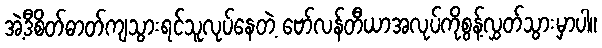
အဲ့ဒီစိတ်ဓာတ်ကျသွားရင်သူလုပ်နေတဲ့ ဗော်လန်တီယာအလုပ်ကိုစွန့်လွှတ်သွားမှာပါ။